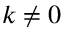
k \neq 0